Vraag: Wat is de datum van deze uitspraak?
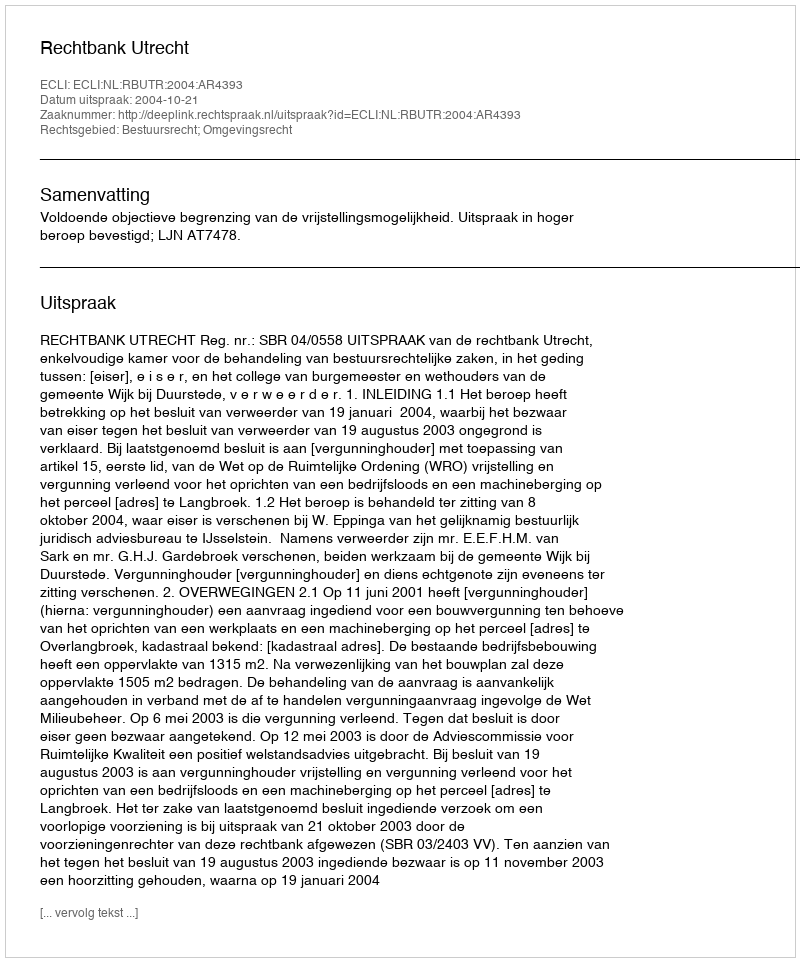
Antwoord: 2004-10-21